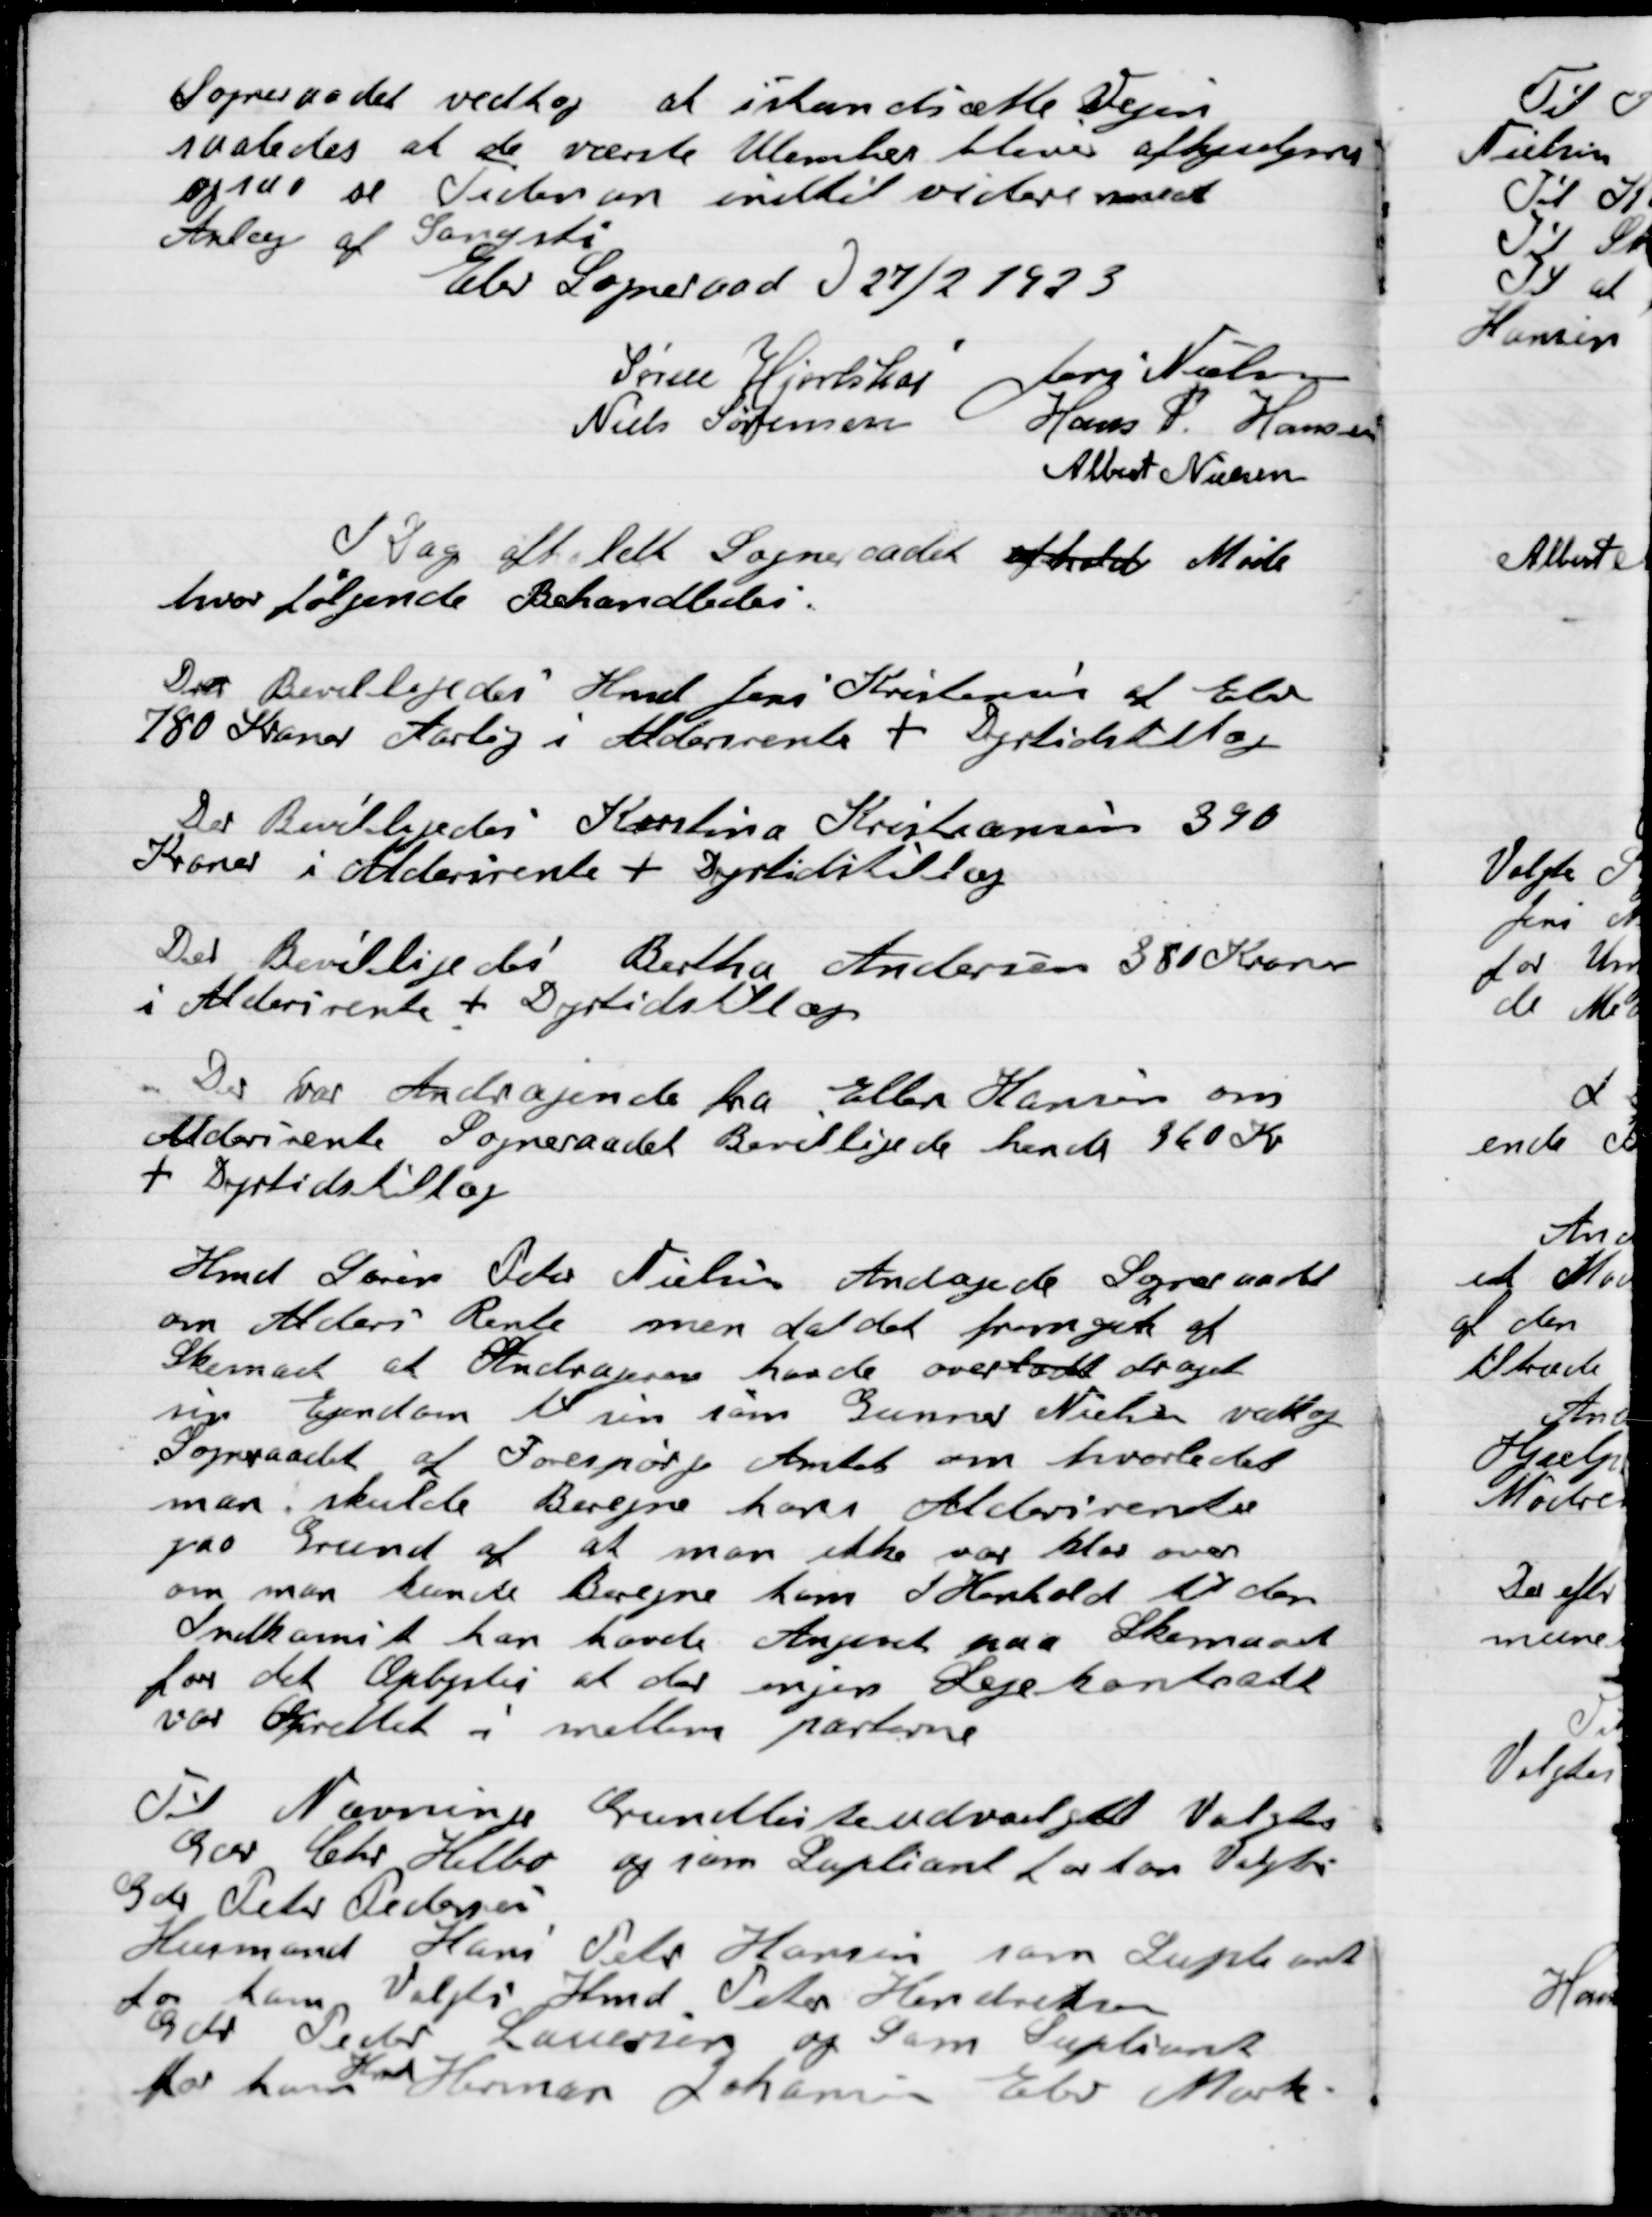
Transskription:
Sogneraadet vedtog at istandsætte Vejen
saaledes at de værste Ujævnheder bliver afhjulpen
ogsaa se Tiden an indtil videre med
Anlæg af Gangsti

Elev Sogneraad d. 27/2 1923

Søren Hjorthøi
Jens Nielsen
Niels Sørensen
Hans P. Hansen
Albert Nielsen

I Dag afholdt Sogneraadet afholdt Møde
hvor følgende Behandledes.

Der Bevilligedes Hmd. Jens Kristensen af Elev
780 Kroner Aarlig i Aldersrente + Dyrtidstillæg

Der Bevilligedes Kristina Kristiansen 390
Kroner i Aldersrente + Dyrtidstillæg

Der Bevilligedes Bertha Andersen 380 Kroner
i Aldersrente + Dyrtidstillæg

Der var Andragende Ellen Hansen om
Aldersrente. Sogneraadet Bevilligede hende 360 Kr.
+ Dyrtidstillæg

Hmd Søren Peter Nielsen Andrager Sogneraadet
om Alders Rente men da det fremgik af
Skemaet at Andrageren havde overdraget
sin Ejendom til sin søn Gunnar Nielsen valgte
Sogneraadet at Forespørge Amtet om hvorledes
man skulde Beregne hans Alderdomsrente
paa Grund af at man ikke var klar over
om man kunde Beregne ham i Henholdt til den
Indkomst han havde Angivet paa Skemaet
for det Arbejde at der enjes  Lejekontrakt
var oprettet i mellem parterne.

Til Nævninge Grundlisteudvalget Valgtes
Gdr. Chr. Helbo og som Suppleant for ham Valgtes
Gdr. Peter Petersen
Husmand Hans Peter Hansen som Suppleant
for ham valgtes Hmd Peter Henriksen
Gdr. Peder Lauersen og som Suppleant
for ham Hmd Herman Johansen Elev Mark.